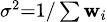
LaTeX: \scriptstyle\sigma^{2}=1/\sum\mathbf{w}_{i}